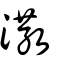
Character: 潵